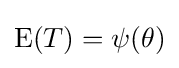
\operatorname {E} (T)=\psi (\theta )